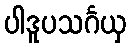
ပါဒူပသင်္ဂယှ